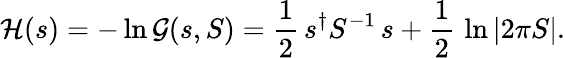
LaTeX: {\mathcal{H}}(s)=-\ln{\mathcal{G}}(s,S)={\frac{1}{2}}\, s^{\dagger}S^{-1}\, s+{\frac{1}{2}}\, \ln|2\pi S|.